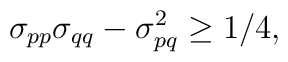
\sigma _{pp}\sigma _{qq}-\sigma _{pq}^{2}\ge 1/4,